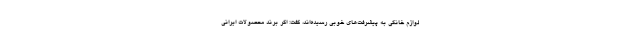
لوازم خانگی به پیشرفت‌های خوبی رسیده‌اند، گفت: اگر برند محصولات ایرانی